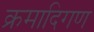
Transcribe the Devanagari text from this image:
क्रमादिगण